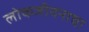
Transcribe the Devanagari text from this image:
लोकजीवनाचा